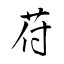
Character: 苻